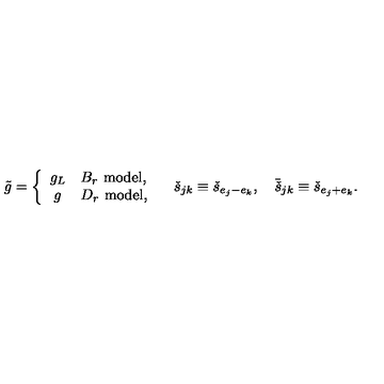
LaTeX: \tilde { g } = \left\{ \begin{array} { c l } { g _ { L } } & { B _ { r } \ \mathrm { m o d e l } , } \\ { g } & { D _ { r } \ \mathrm { m o d e l } , } \\ \end{array} \right. \quad \check { s } _ { j k } \equiv \check { s } _ { e _ { j } - e _ { k } } , \quad \bar { \check { s } } _ { j k } \equiv \check { s } _ { e _ { j } + e _ { k } } .